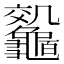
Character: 𪛀